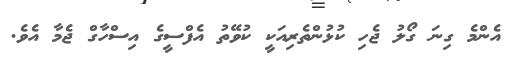
އެންމެ ގިނަ ގޯލު ޖެހި ކުޅުންތެރިއަކީ ކުވޭތު އެފްސީގެ އިސްހާގް ޖެމާ އެވެ.